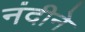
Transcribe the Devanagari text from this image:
नंदीने